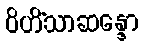
ဝိဟိံသာဆန္ဒော